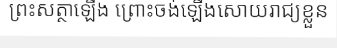
ព្រះសត្ថាឡើង ព្រោះចង់ឡើងសោយរាជ្យខ្លួន